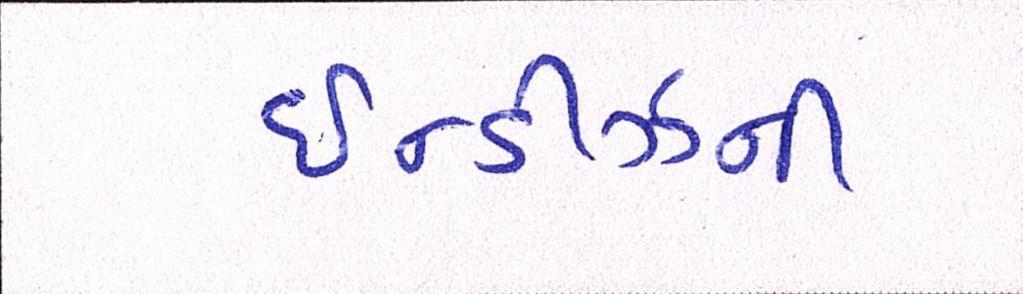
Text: ઇન્ડીઝની